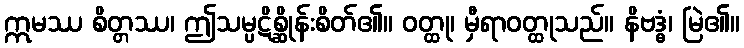
ဣမဿ စိတ္တဿ၊ ဤသမ္ပဋိစ္ဆိုန်းစိတ်၏။ ဝတ္ထု၊ မှီရာဝတ္ထုသည်။ နိဗဒ္ဓံ၊ မြဲ၏။